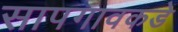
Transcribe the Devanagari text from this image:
सापगावकडे